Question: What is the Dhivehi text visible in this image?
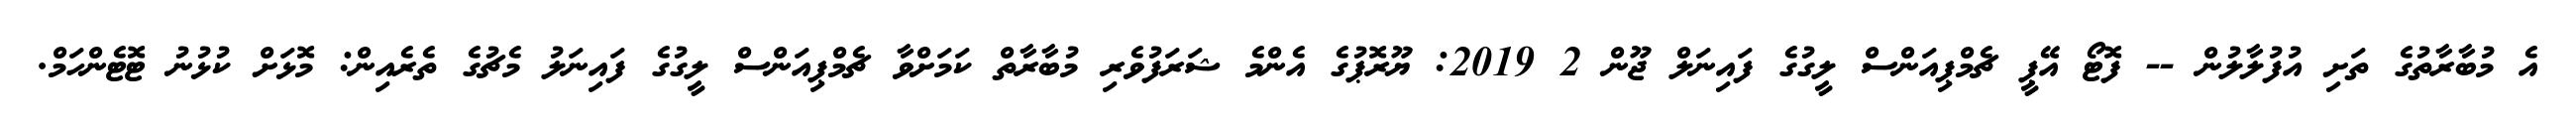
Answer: އެ މުބާރާތުގެ ތަށި އުފުލާލުން -- ފޮޓޯ އޭޕީ ޗެމްޕިއަންސް ލީގުގެ ފައިނަލް ޖޫން 2 2019: ޔޫރޮޕުގެ އެންމެ ޝަރަފުވެރި މުބާރާތް ކަމަށްވާ ޗެމްޕިއަންސް ލީގުގެ ފައިނަލު މެޗުގެ ތެރެއިން: މޮޅަށް ކުޅުނު ޓޮޓެންހަމް.